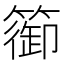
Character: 篽